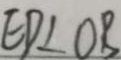
E D \bot O B